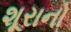
શૂરાનો